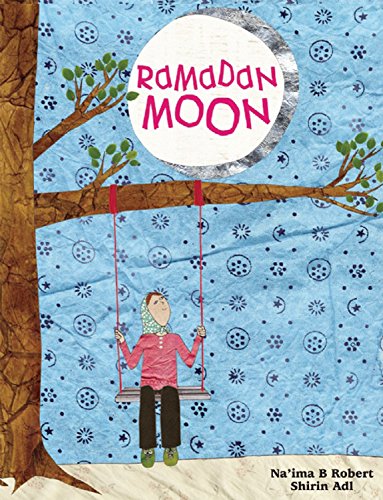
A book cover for Ramadan Moon; Na'ima Robert; Children's Books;